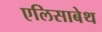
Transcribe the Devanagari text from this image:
एलिसाबेथ